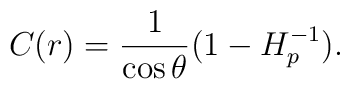
C(r)={1\over{\cos\theta}}(1-H^{-1}_p).